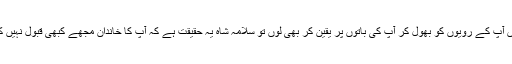
’’اگر میں آپ کے رویوں کو بھول کر آپ کی باتوں پر یقین کر بھی لوں تو سلامہ شاہ یہ حقیقت ہے کہ آپ کا خاندان مجھے کبھی قبول نہیں کرے گا۔